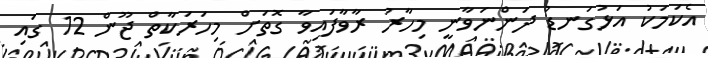
އެކަމަކު އަޅުގަނޑު ދަންނަވާނީ މިހާރު ރާވާފައިވާ ގޮތަށް މިހަރަކާތް ޖޫން 12 ގައި